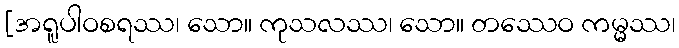
[အရူပါဝစရဿ၊ သော။ ကုသလဿ၊ သော။ တဿေဝ ကမ္မ္မဿ၊